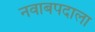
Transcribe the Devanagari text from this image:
नवाबपदाला